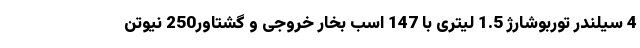
4 سیلندر توربوشارژ 1.5 لیتری با 147 اسب بخار خروجی و گشتاور250 نیوتن